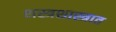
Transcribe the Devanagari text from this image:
शस्त्रशास्त्रात